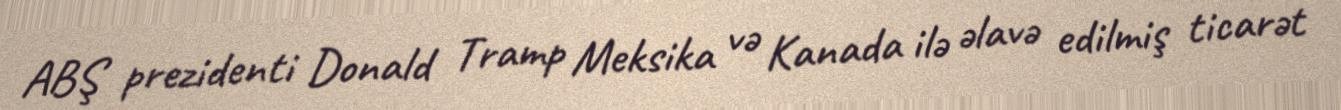
ABŞ prezidenti Donald Tramp Meksika və Kanada ilə əlavə edilmiş ticarət